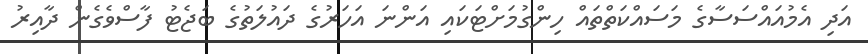
އަދި އެމުއައްސަސާގެ މަސައްކަތްތައް ހިންގުމަށްޓަކައި އަންނަ އަހަރުގެ ދައުލަތުގެ ބަޖެޓު ފާސްވެގެން ދާއިރު